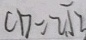
C D = 2 \sqrt { 3 }